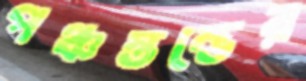
পঞ্চস্তম্ভের